Indian journal of veterinary science and animal husbandry - Volumes 18-21, 1948-1951
Year: 1948
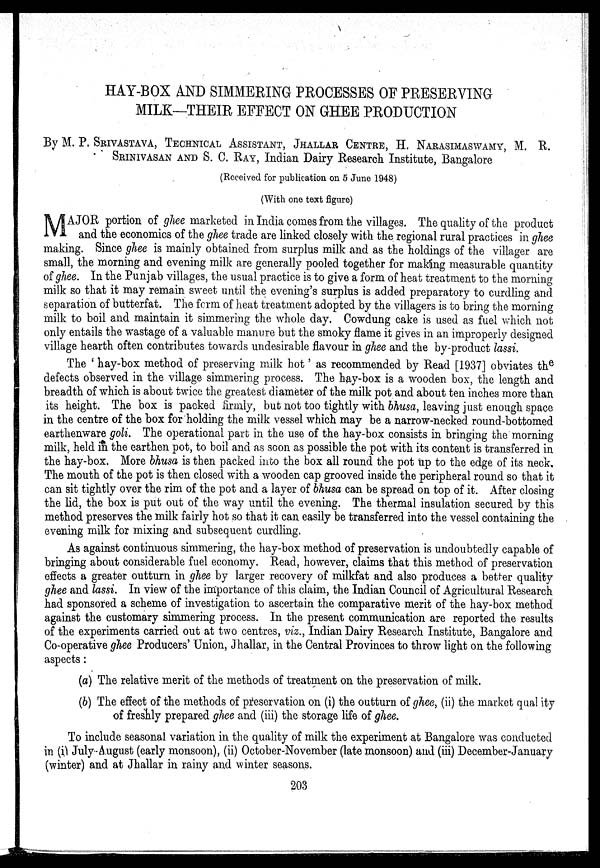
HAY-BOX AND SIMMERING PROCESSES OF PRESERVING
MILK—THEIR EFFECT ON GHEE PRODUCTION
By M. P. SRIVASTAVA, TECHNICAL ASSISTANT, JHALLAR CENTRE, H. NARASIMASWAMY, M.
R.
SRINIVASAN AND S. C. RAY, Indian Dairy Research Institute, Bangalore
(Received for publication on 5 June 1948)
(With one text figure)
M AJOR portion of ghee marketed in India comes from the villages. The quality of the product
and the economics of the ghee trade are linked closely with the regional rural practices in ghee
making. Since ghee is mainly obtained from surplus milk and as the holdings of the villager are
small, the morning and evening milk are generally pooled together for making measurable quantity
of ghee. In the Punjab villages, the usual practice is to give a form of heat treatment to the morning
milk so that it may remain sweet until the evening's surplus is added preparatory to curdling and
separation of butterfat. The form of heat treatment adopted by the villagers is to bring the morning
milk to boil and maintain it simmering the whole day. Cowdung cake is used as fuel which not
only entails the wastage of a valuable manure but the smoky flame it gives in an improperly designed
village hearth often contributes towards undesirable flavour in ghee and the by-product lassi.
The ' hay-box method of preserving milk hot ' as recommended by Read [1937] obviates the
defects observed in the village simmering process. The hay-box is a wooden box, the length and
breadth of which is about twice the greatest diameter of the milk pot and about ten inches more than
its height. The box is packed firmly, but not too tightly with bhusa, leaving just enough space
in the centre of the box for holding the milk vessel which may be a narrow-necked round-bottomed
earthenware goli. The operational part in the use of the hay-box consists in bringing the morning
milk, held in the earthen pot, to boil and as soon as possible the pot with its content is transferred in
the hay-box. More bhusa is then packed into the box all round the pot up to the edge of its neck.
The mouth of the pot is then closed with a wooden cap grooved inside the peripheral round so that it
can sit tightly over the rim of the pot and a layer of bhusa can be spread on top of it. After closing
the lid, the box is put out of the way until the evening. The thermal insulation secured by this
method preserves the milk fairly hot so that it can easily be transferred into the vessel containing the
evening milk for mixing and subsequent curdling.
As against continuous simmering, the hay-box method of preservation is undoubtedly capable of
bringing about considerable fuel economy. Read, however, claims that this method of preservation
effects a greater outturn in ghee by larger recovery of milkfat and also produces a better quality
ghee and lassi. In view of the importance of this claim, the Indian Council of Agricultural Research
had sponsored a scheme of investigation to ascertain the comparative merit of the hay-box method
against the customary simmering process. In the present communication are reported the results
of the experiments carried out at two centres, viz., Indian Dairy Research Institute, Bangalore and
Co-operative ghee Producers' Union, Jhallar, in the Central Provinces to throw light on the following
aspects :
(a) The relative merit of the methods of treatment on the preservation of milk.
(b) The effect of the methods of preservation on (i) the outturn of ghee, (ii) the market quality
of freshly prepared ghee and (iii) the storage life of ghee.
To include seasonal variation in the quality of milk the experiment at Bangalore was conducted
in (i) July August (early monsoon), (ii) October-November (late monsoon) and (iii) December-January
(winter) and at Jhallar in rainy and winter seasons.
203